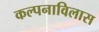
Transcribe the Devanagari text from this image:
कल्पनाविलास